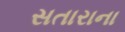
સતારાના